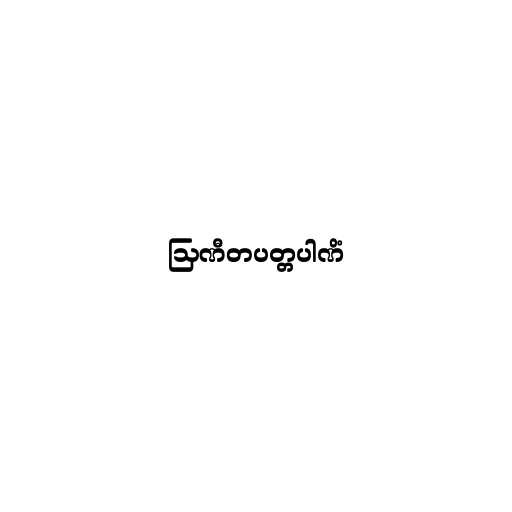
ဩဏီတပတ္တပါဏိံ